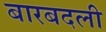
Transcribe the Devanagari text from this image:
बारबदली